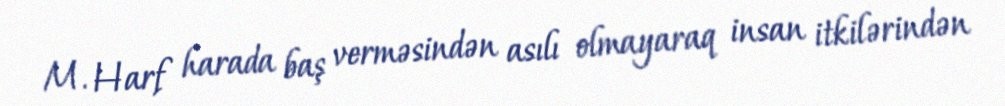
M. Harf harada baş verməsindən asılı olmayaraq insan itkilərindən